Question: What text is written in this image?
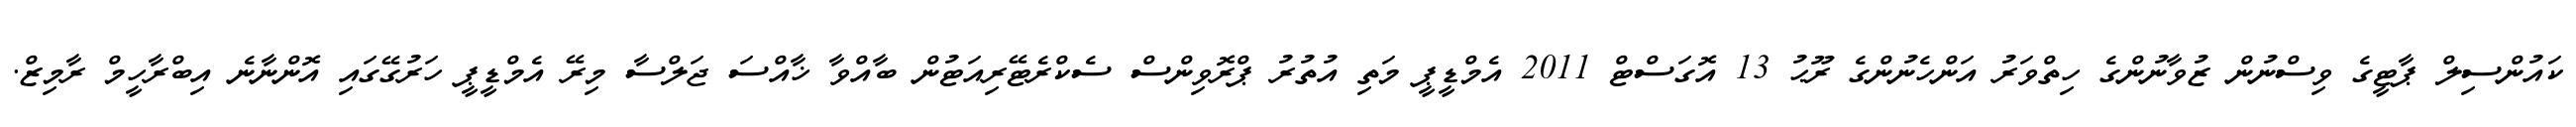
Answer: ކައުންސިލް ޕާޓީގެ ވިސްނުން ޒުވާނުންގެ ހިތްވަރު އަންހެނުންގެ ރޫޙު 13 އޮގަސްޓް 2011 އެމްޑީޕީ މަތި އުތުރު ޕްރޮވިންސް ސެކްރެޓޭރިއަޓުން ބާއްވާ ޚާއްސަ ޖަލްސާ މިރޭ އެމްޑީޕީ ހަރުގޭގައި އޮންނާނެ އިބްރާހީމް ރާމިޒް.